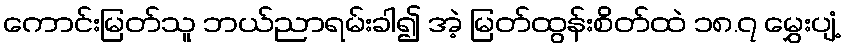
ကောင်းမြတ်သူ ဘယ်ညာရမ်းခါ၍ အဲ့ မြတ်ထွန်းစိတ်ထဲ ၁၈.၇ မွှေးပျံ့